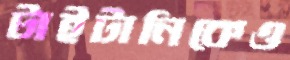
টাইটানিকেও